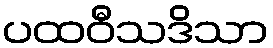
ပထဝီသဒိသာ